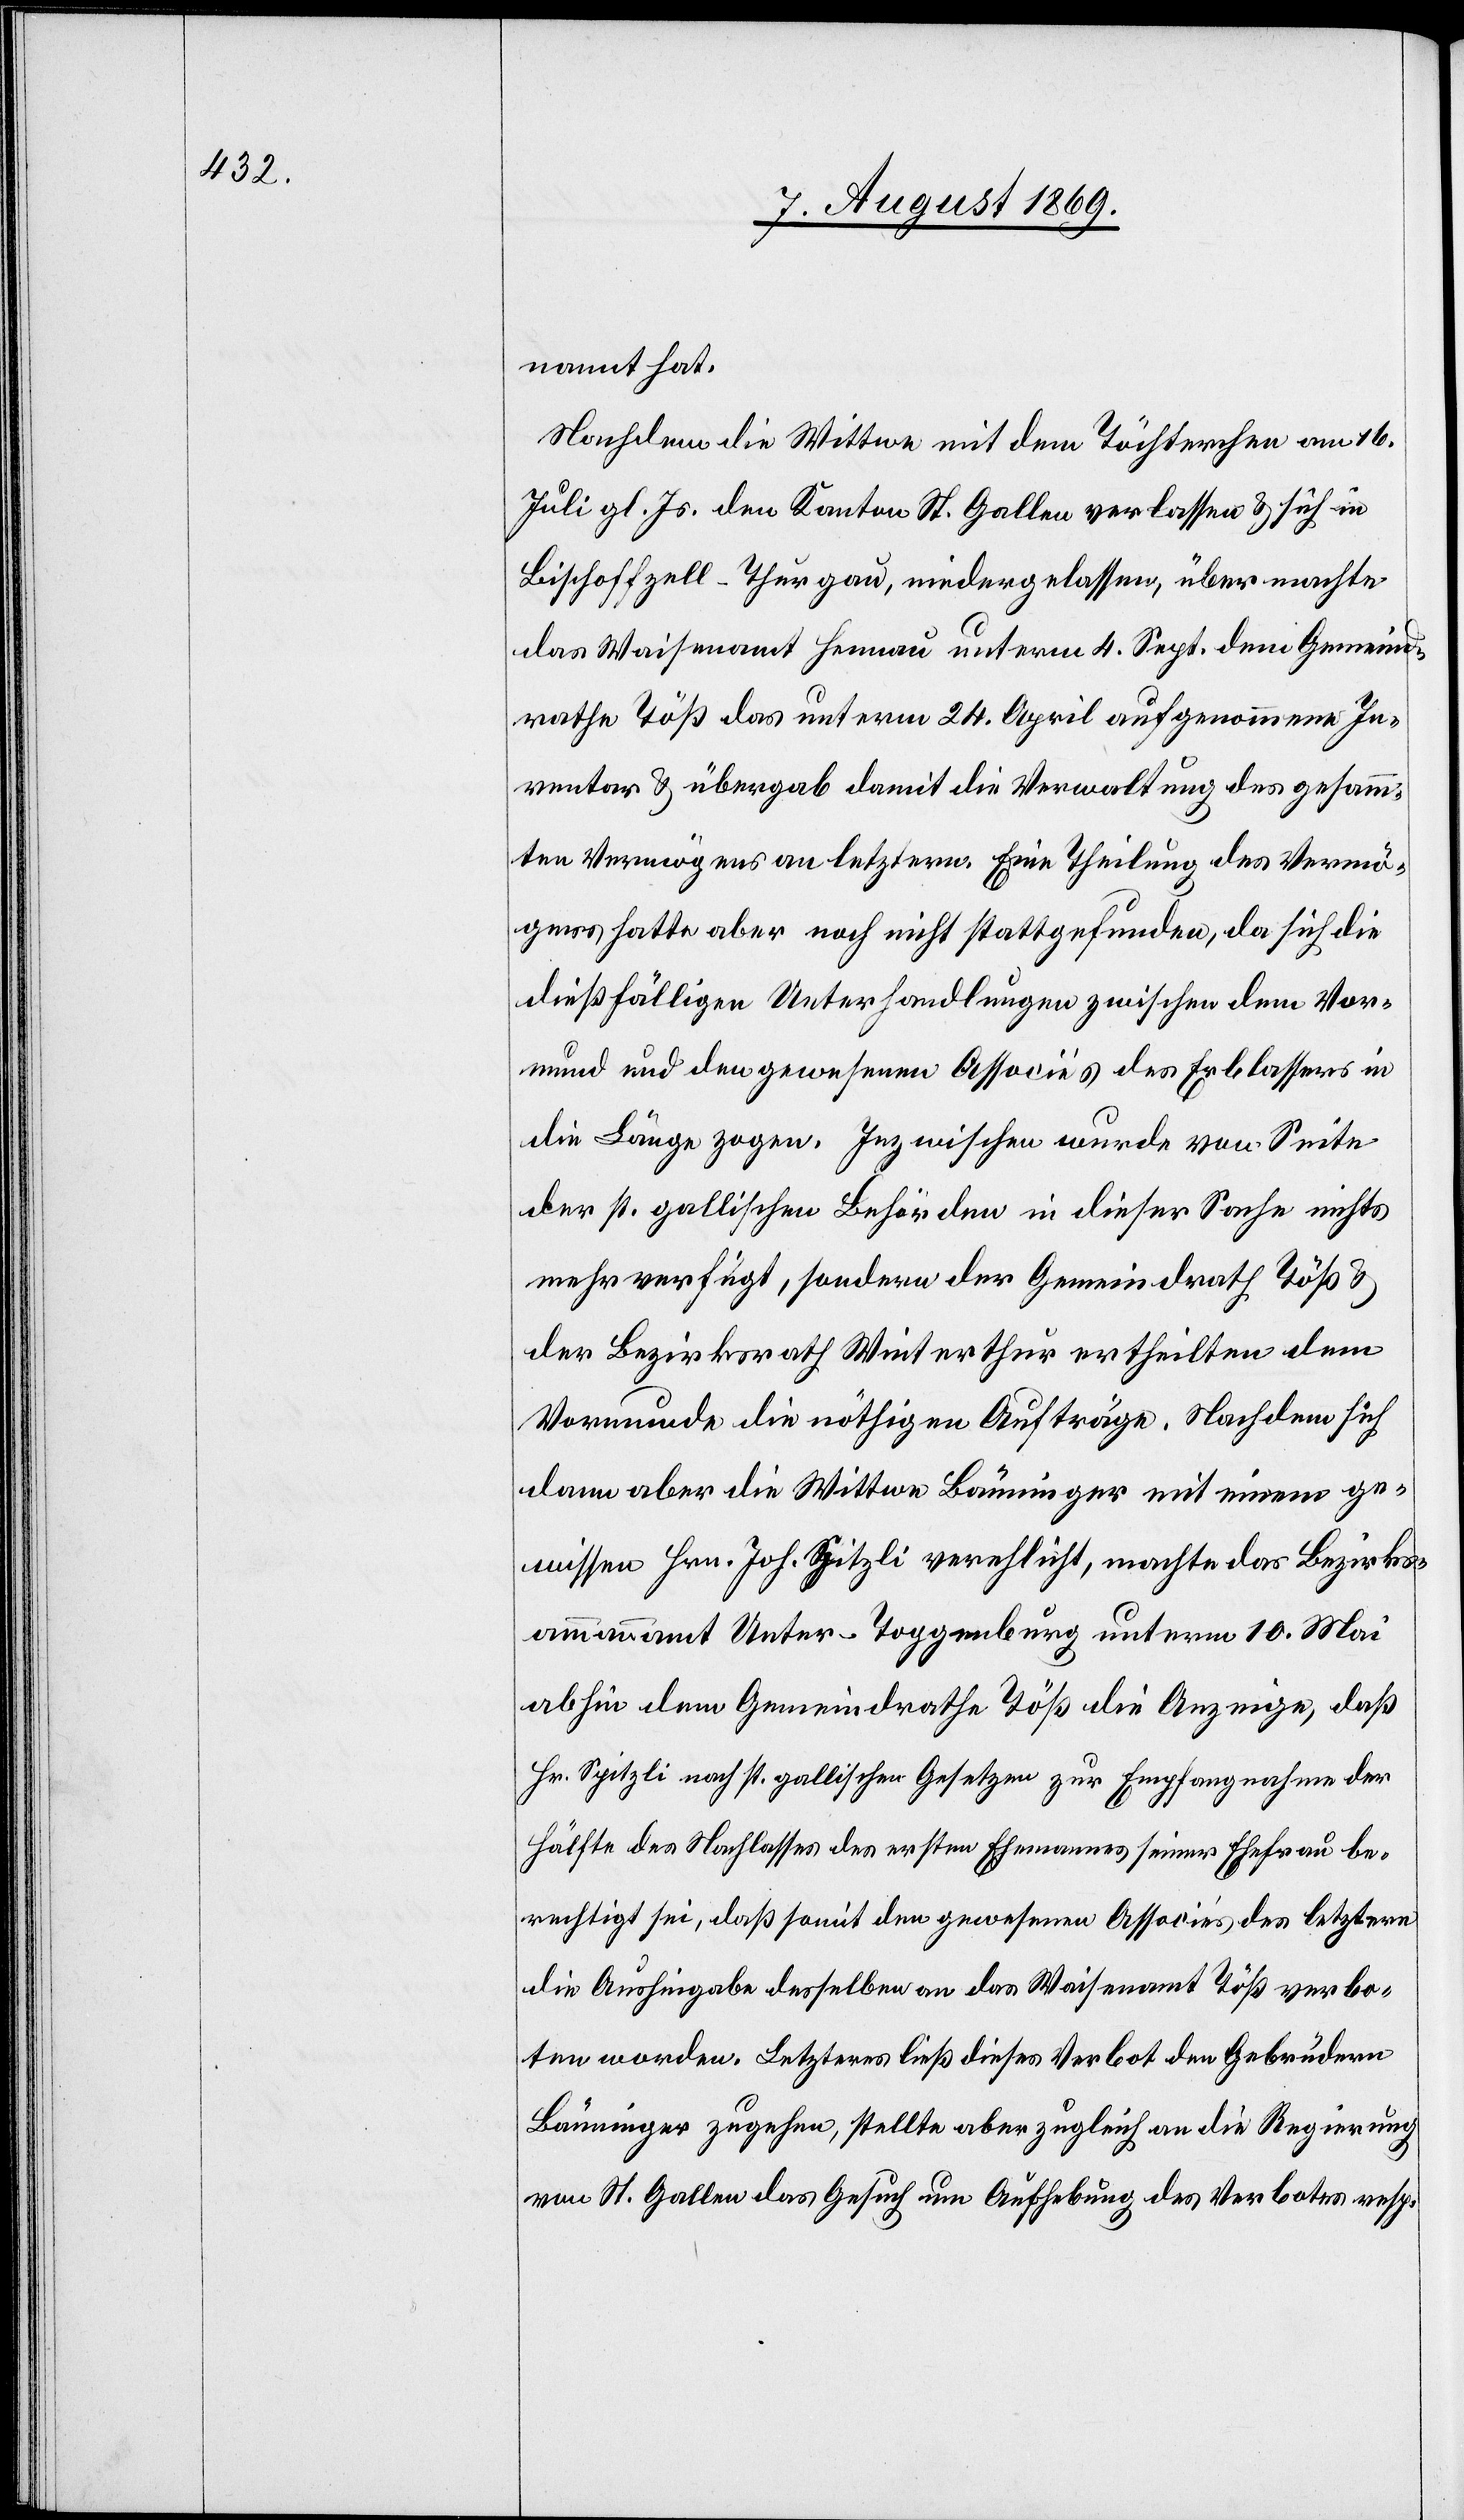
nannt hat.
Nachdem die Wittwe mit dem Töchterchen am 16
Juli gl. Js. den Kanton St. Gallen verlassen & sich in
Bischoffzell-Thurgau, niedergelassen, übermachte
das Waisenamt Henau unterm 4 Sept. dem Gemeind¬
rathe Töß das unterm 24 April aufgenommene In¬
ventar & übergab damit die Verwaltung des gesamm¬
ten Vermögens an letztern. Eine Theilung des Vermö¬
gens hatte aber noch nicht stattgefunden, da sich die
dießfälligen Unterhandlungen zwischen dem Vor¬
mund und den gewesenen Associés des Erblassers in
die Länge zogen. Inzwischen wurde von Seite
der st. gallischen Behörden in dieser Sache nichts
mehr verfügt, sondern der Gemeindrath Töß &
der Bezirksrath Winterthur ertheilten dem
Vormunde die nöthigen Aufträge. Nachdem sich
dann aber die Wittwe Bänninger mit einem ge¬
wissen Hrn. Joh. Spitzli verehelicht, machte das Bezirks¬
ammannamt Unter-Toggenburg unterm 10 Mai
abhin dem Gemeindrathe Töß die Anzeige, daß
Hr. Spitzli nach st. gallischen Gesetzen zur Empfangnahme der
Hälfte des Nachlasses des ersten Ehemannes seiner Ehefrau be¬
rechtigt sei, daß somit den gewesenen Associés des letztern
die Aushingabe desselben an das Waisenamt Töß verbo¬
ten worden. Letzteres ließ dieses Verbot den Gebrüdern
Bänninger zugehen, stellte aber zugleich an die Regierung
von St. Gallen das Gesuch um Aufhebung des Verbotes